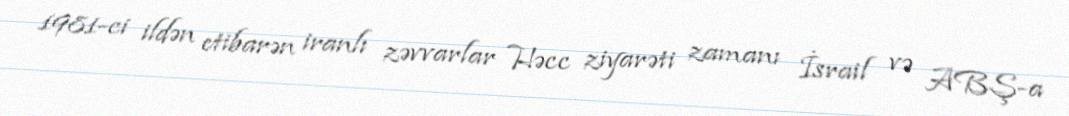
1981-ci ildən etibarən iranlı zəvvarlar Həcc ziyarəti zamanı İsrail və ABŞ-a